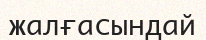
жалғасындай